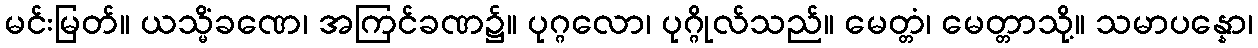
မင်းမြတ်။ ယသ္မိံခဏေ၊ အကြင်ခဏ၌။ ပုဂ္ဂလော၊ ပုဂ္ဂိုလ်သည်။ မေတ္တံ၊ မေတ္တာသို့။ သမာပန္နော၊